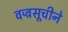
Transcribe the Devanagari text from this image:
वज्रसूचीने